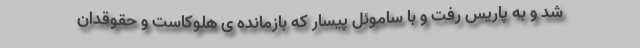
شد و به پاریس رفت و با ساموئل پیسار که بازمانده ی هلوکاست و حقوقدان